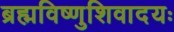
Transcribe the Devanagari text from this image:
ब्रह्मविष्णुशिवादयः